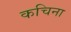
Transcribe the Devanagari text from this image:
कचिना